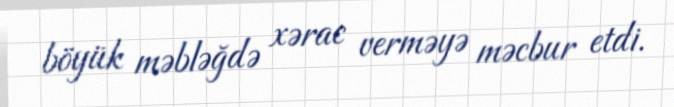
böyük məbləğdə xərac verməyə məcbur etdi.